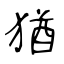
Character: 猶